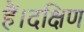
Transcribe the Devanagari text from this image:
हैं।दक्षिण